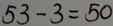
5 3 - 3 = 5 0